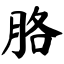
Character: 胳